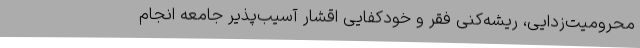
محرومیت‌زدایی، ریشه‌کنی فقر و خودکفایی اقشار آسیب‌پذیر جامعه انجام